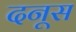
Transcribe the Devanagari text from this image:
दनूस